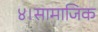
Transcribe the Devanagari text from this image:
४।सामाजिक